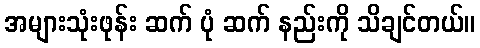
အများသုံးဖုန်း ဆက် ပုံ ဆက် နည်းကို သိချင်တယ်။